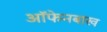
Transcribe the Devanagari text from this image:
ऑफेनबाख